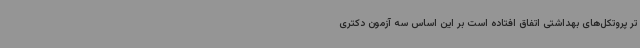
تر پروتکل‌های بهداشتی اتفاق افتاده است بر این اساس سه آزمون دکتری